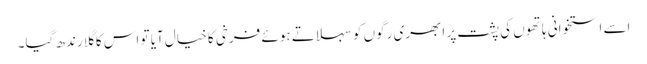
اسے استخوانی ہاتھوں کی پشت پر ابھری رگوں کو سہلاتے ہوئے فرخی کا خیال آیا تو اس کا گلا رندھ گیا۔